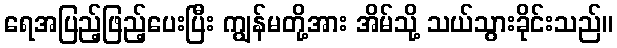
ရေအပြည့်ဖြည့်ပေးပြီး ကျွန်မတို့အား အိမ်သို့ သယ်သွားခိုင်းသည်။